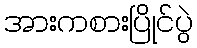
အားကစားပြိုင်ပွဲ